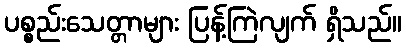
ပစ္စည်းသေတ္တာများ ပြန့်ကြဲလျက် ရှိသည်။